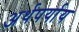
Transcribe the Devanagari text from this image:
अर्थपर्याय